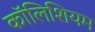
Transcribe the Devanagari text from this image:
कॉलिशियम